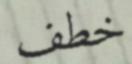
خطف